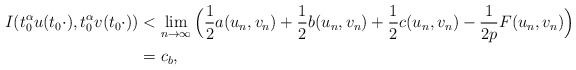
\begin{align*}I(t_{0}^{\alpha}u(t_{0}\cdot),t_{0}^{\alpha}v(t_{0}\cdot))&<\mathop{\lim}\limits_{n\rightarrow\infty}\Big(\frac{1}{2}a(u_{n},v_{n})+\frac{1}{2}b(u_{n},v_{n})+\frac{1}{2}c(u_{n},v_{n})-\frac{1}{2p}F(u_{n},v_{n})\Big)\\&=c_{b},\end{align*}